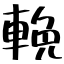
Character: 輓